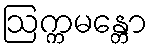
ဩက္ကမန္တော